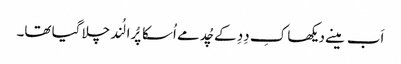
اَب مینے دیکھا کِ دِدِ کے چُد مے اُسکا پُرا لُند چلا گیا تھا۔